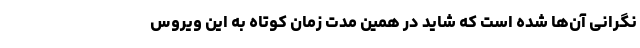
نگرانی‌ آن‌ها شده است که شاید در همین مدت زمان کوتاه به این ویروس